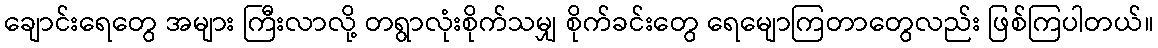
ချောင်းရေတွေ အများ ကြီးလာလို့ တရွာလုံးစိုက်သမျှ စိုက်ခင်းတွေ ရေမျောကြတာတွေလည်း ဖြစ်ကြပါတယ်။